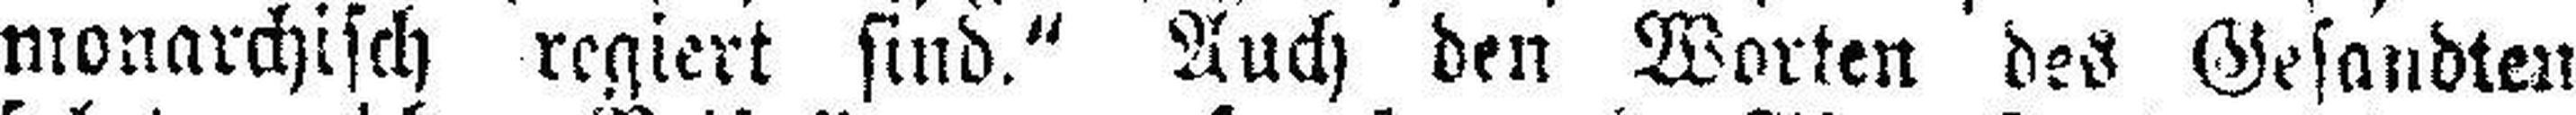
monarchisch regiert sind.“ Auch den Worten des Gesandten